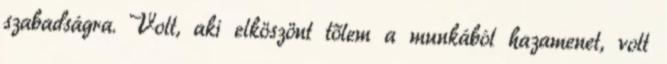
szabadságra. Volt, aki elköszönt tőlem a munkából hazamenet, volt